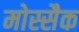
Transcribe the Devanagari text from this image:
मोस्सैक